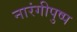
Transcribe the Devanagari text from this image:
नारंगीपुष्प